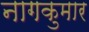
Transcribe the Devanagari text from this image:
नागकुमार